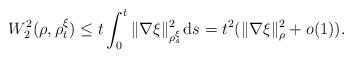
LaTeX: \begin{align*} W_2^2(\rho,\rho_t^\xi)\le t\int_0^t \|\nabla\xi\|_{\rho_s^\xi}^2\;\!\mathrm ds =t^2 (\|\nabla\xi\|_\rho^2 + o(1)).\end{align*}